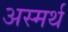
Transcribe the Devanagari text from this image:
अस्मर्थ